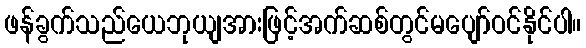
ဖန်ခွက်သည်ယေဘုယျအားဖြင့်အက်ဆစ်တွင်မပျော်ဝင်နိုင်ပါ။